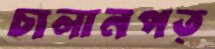
চালানপত্